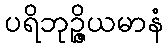
ပရိဘုဉ္ဇိယမာနံ